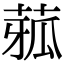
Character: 𦴉